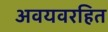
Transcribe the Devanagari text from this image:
अवयवरहित